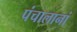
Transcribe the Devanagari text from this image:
पंचालानां